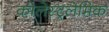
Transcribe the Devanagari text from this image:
कोलेस्ट्रलेमिक